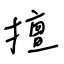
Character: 擅